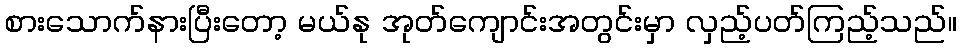
စားသောက်နားပြီးတော့ မယ်နု အုတ်ကျောင်းအတွင်းမှာ လှည့်ပတ်ကြည့်သည်။